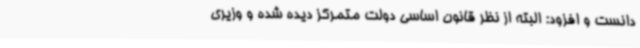
دانست و افزود: البته از نظر قانون اساسی دولت متمرکز دیده شده و وزیری